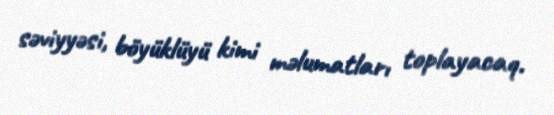
səviyyəsi, böyüklüyü kimi məlumatları toplayacaq.